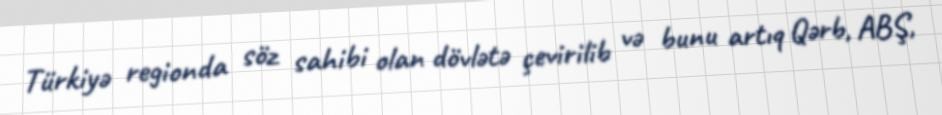
Türkiyə regionda söz sahibi olan dövlətə çevirilib və bunu artıq Qərb, ABŞ,